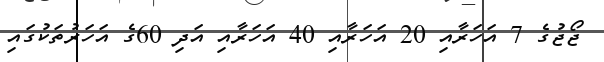
ޖޯޖުގެ 7 އަހަރާއި 20 އަހަރާއި 40 އަހަރާއި އަދި 60ގެ އަހަރުތަކުގައި